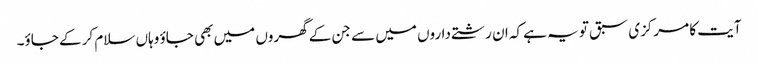
آیت کا مرکزی سبق تو یہ ہے کہ ان رشتے داروں میں سے جن کے گھروں میں بھی جاؤ وہاں سلام کر کے جاؤ۔